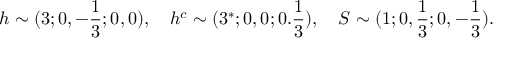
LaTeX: h \sim ( 3 ; 0 , - { \frac { 1 } { 3 } } ; 0 , 0 ) , ~ ~ ~ h ^ { c } \sim ( 3 ^ { * } ; 0 , 0 ; 0 . { \frac { 1 } { 3 } } ) , ~ ~ ~ S \sim ( 1 ; 0 , { \frac { 1 } { 3 } } ; 0 , - { \frac { 1 } { 3 } } ) .